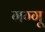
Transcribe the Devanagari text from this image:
गग्गू